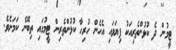
ޓީމުން ދެ ކުޅުންތެރިއަކު ފިޔަވައި އެހެން ހުރިހާ ކުޅުންތެރިން ޓީމުގައި ތިބޭނެ ކަމަށެވެ.